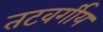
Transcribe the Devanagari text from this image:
तटवर्गीय